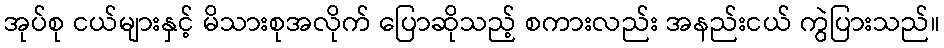
အုပ်စု ငယ်များနှင့် မိသားစုအလိုက် ပြောဆိုသည့် စကားလည်း အနည်းငယ် ကွဲပြားသည်။